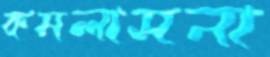
কমলাসনা